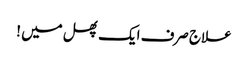
علاج صرف ایک پھل میں !